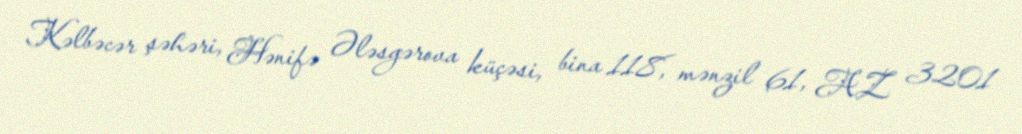
Kəlbəcər şəhəri, Hənifə Ələsgərova küçəsi, bina 118, mənzil 61, AZ 3201